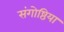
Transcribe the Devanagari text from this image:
संगोष्ठिया